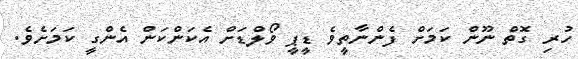
ހުރި ގޮތް ނޫން ކަމަށް ފެންނާތީވެ ޑީޕީ ވޯލްޑަށް އެކަންކަން އެންގީ ކަމަށެވެ.